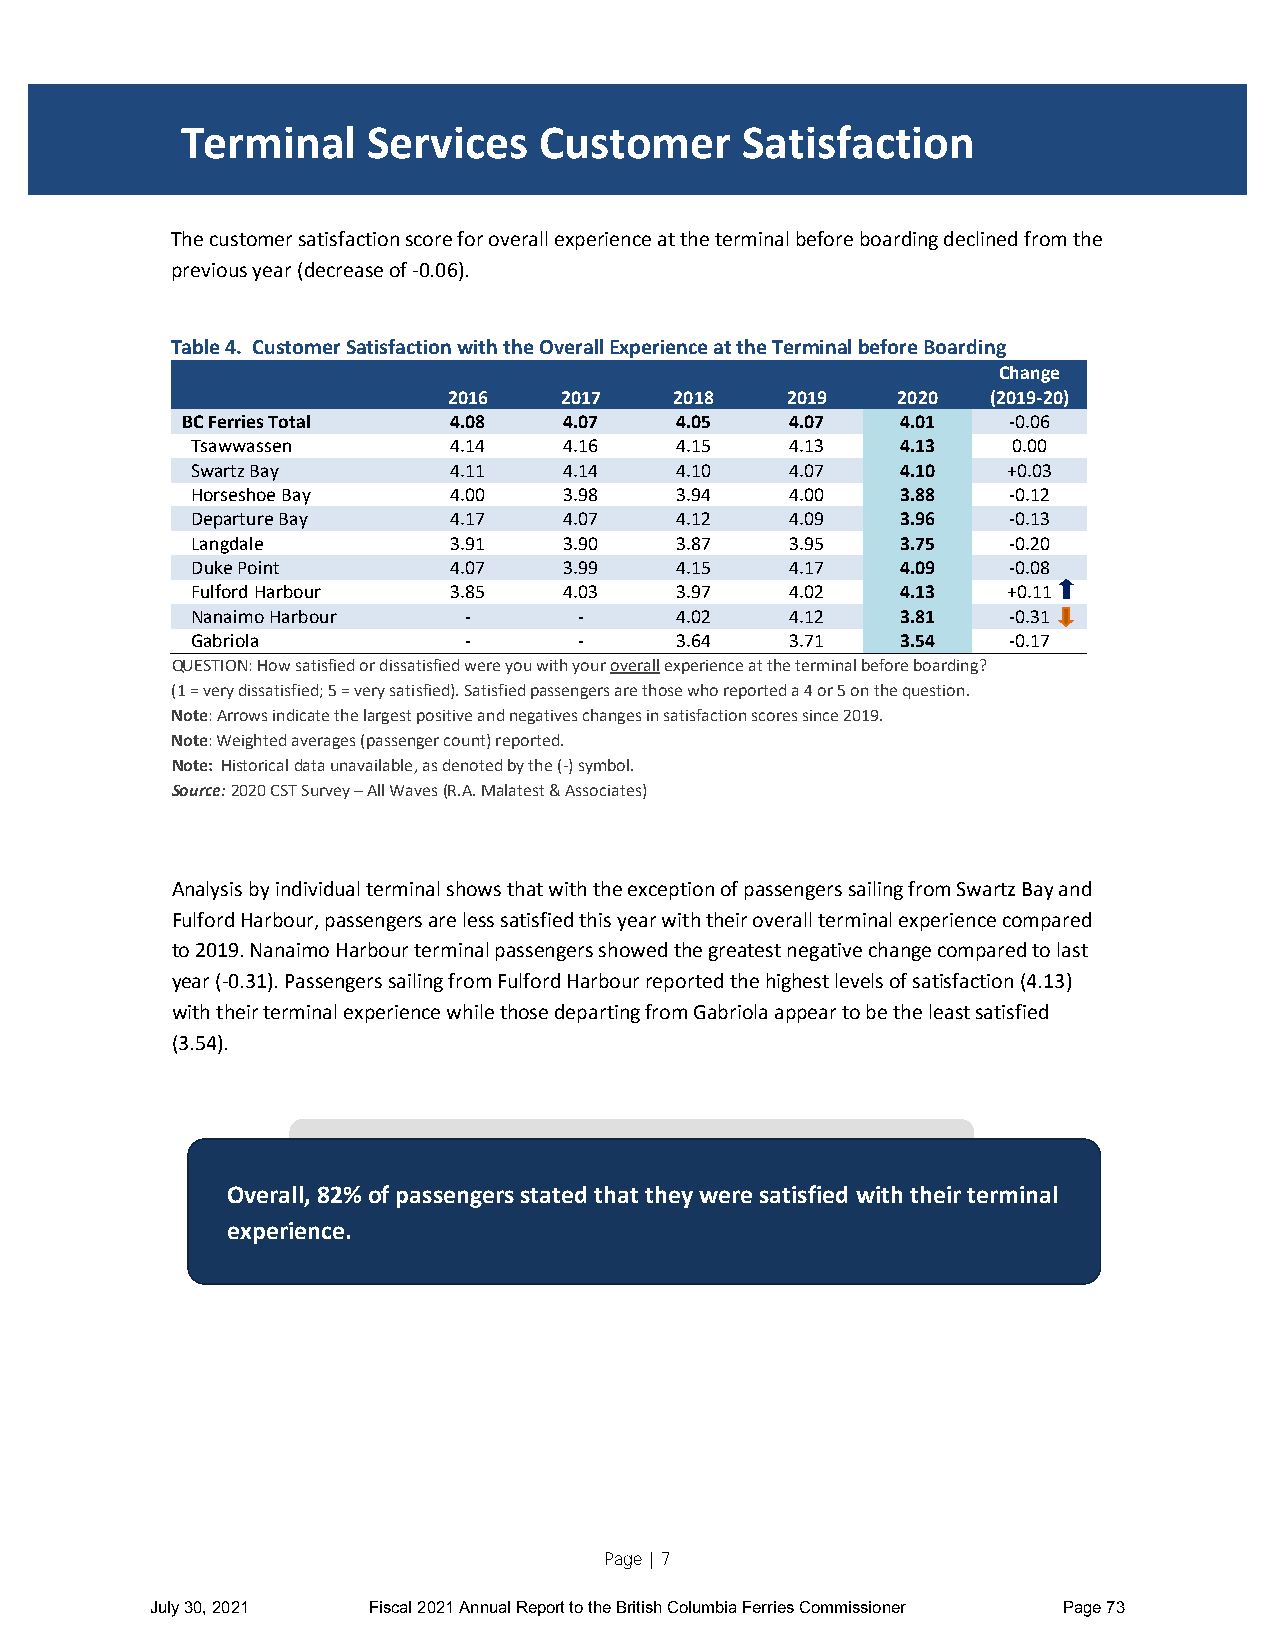
Terminal    Services    Customer     Satisfaction
 TERMINAL SERVICES
 The customer satisfaction score for overall experience at the terminal before boarding declined from the
 previous year (decrease of -0.06).
 Table 4. Customer Satisfaction with the Overall Experience at the Terminal before Boarding
 Change
 2016   2017    2018   2019   2020   (2019-20)
 BC Ferries Total  4.08   4.07    4.05   4.07    4.01   -0.06
 Tsawwassen       4.14   4.16    4.15   4.13    4.13   0.00
 Swartz Bay       4.11   4.14    4.10   4.07    4.10   +0.03
 Horseshoe Bay    4.00   3.98    3.94   4.00    3.88   -0.12
 Departure Bay    4.17   4.07    4.12   4.09    3.96   -0.13
 Langdale         3.91   3.90    3.87   3.95    3.75   -0.20
 Duke Point       4.07   3.99    4.15   4.17    4.09   -0.08
 Fulford Harbour  3.85   4.03    3.97   4.02    4.13   +0.11
 Nanaimo Harbour   -      -      4.02   4.12    3.81   -0.31
 Gabriola          -      -      3.64   3.71    3.54   -0.17
 QUESTION: How satisfied or dissatisfied were you with your overall experience at the terminal before boarding?
 (1 = very dissatisfied; 5 = very satisfied). Satisfied passengers are those who reported a 4 or 5 on the question.
 Note: Arrows indicate the largest positive and negatives changes in satisfaction scores since 2019.
 Note: Weighted averages (passenger count) reported.
 Note: Historical data unavailable, as denoted by the (-) symbol.
 Source: 2020 CST Survey – All Waves (R.A. Malatest & Associates)
 Analysis by individual terminal shows that with the exception of passengers sailing from Swartz Bay and
 Fulford Harbour, passengers are less satisfied this year with their overall terminal experience compared
 to 2019. Nanaimo Harbour terminal passengers showed the greatest negative change compared to last
 year (-0.31). Passengers sailing from Fulford Harbour reported the highest levels of satisfaction (4.13)
 with their terminal experience while those departing from Gabriola appear to be the least satisfied
 (3.54).
 Overall, 82% of passengers stated that they were satisfied with their terminal
 experience.
 Page | 7
 July 30, 2021 Fiscal 2021 Annual Report to the British Columbia Ferries Commissioner Page 73